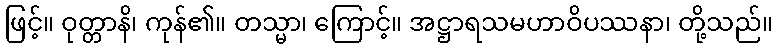
ဖြင့်။ ဝုတ္တာနိ၊ ကုန်၏။ တသ္မာ၊ ကြောင့်။ အဋ္ဌာရသမဟာဝိပဿနာ၊ တို့သည်။